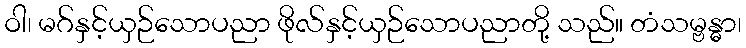
ဝါ၊ မဂ်နှင့်ယှဉ်သောပညာ ဖိုလ်နှင့်ယှဉ်သောပညာတို့ သည်။ တံသမ္ဗန္ဓာ၊